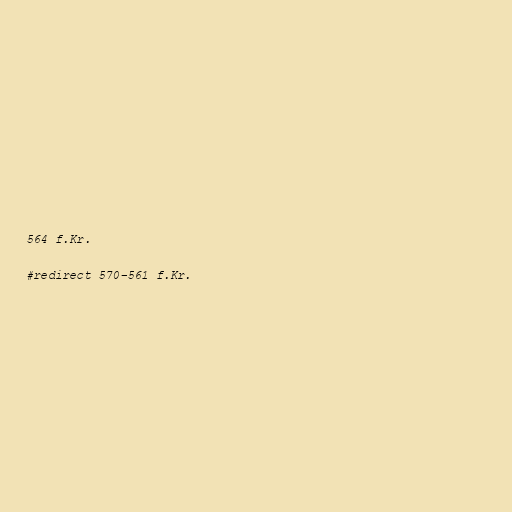
564 f.Kr.

#redirect 570–561 f.Kr.